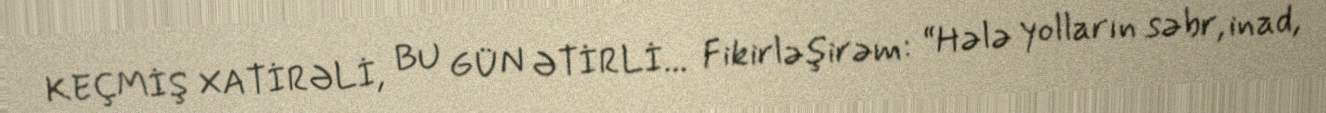
KEÇMİŞ XATİRƏLİ, BU GÜN ƏTİRLİ... Fikirləşirəm: “Hələ yolların səbr, inad,